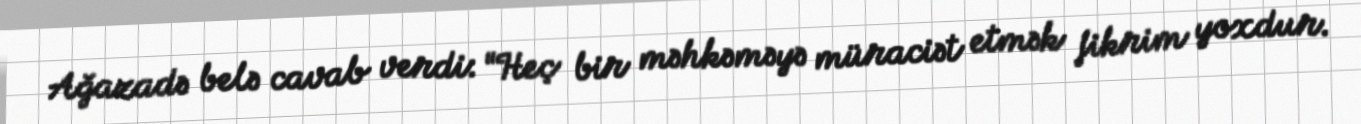
Ağazadə belə cavab verdi: “Heç bir məhkəməyə müraciət etmək fikrim yoxdur.